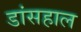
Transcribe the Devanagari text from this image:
डांसहाल